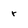
Character: r